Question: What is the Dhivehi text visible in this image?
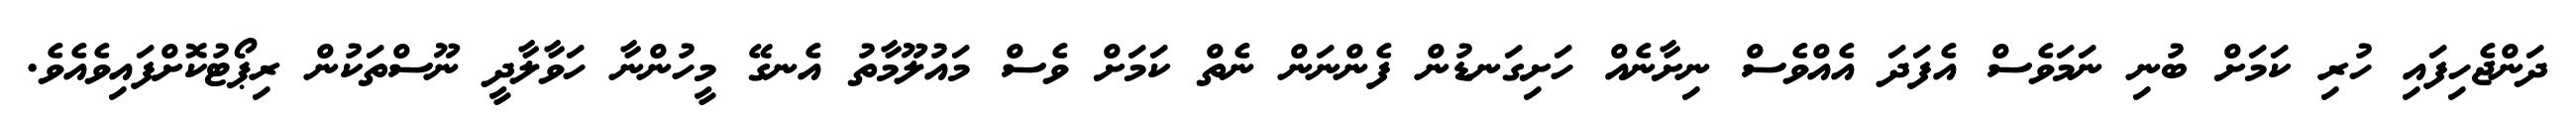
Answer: ދަންޖެހިފައި ހުރި ކަމަށް ބުނި ނަމަވެސް އެފަދަ އެއްވެސް ނިށާނެއް ހަށިގަނޑުން ފެންނަން ނެތް ކަމަށް ވެސް މައުލޫމާތު އެނގޭ މީހުންނާ ހަވާލާދީ ނޫސްތަކުން ރިޕޯޓުކޮށްފައިވެއެވެ.